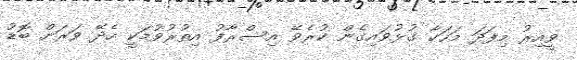
ވީއިރު މިފަދަ މަހަކާ ގުޅުވައިގެން ކުރެވޭ އިސްރާފު އިތުރުވުމަކީ ހެދޭ ވަރަށް ބޮޑު